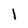
Character: 1